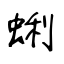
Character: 蜊